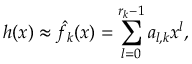
h ( x ) \approx \hat { f } _ { k } ( x ) = \sum _ { l = 0 } ^ { r _ { k } - 1 } a _ { l , k } x ^ { l } ,